Civil Veterinary Dept. North-West Frontier Province 1901-22 - 1901-1922
Year: 1901
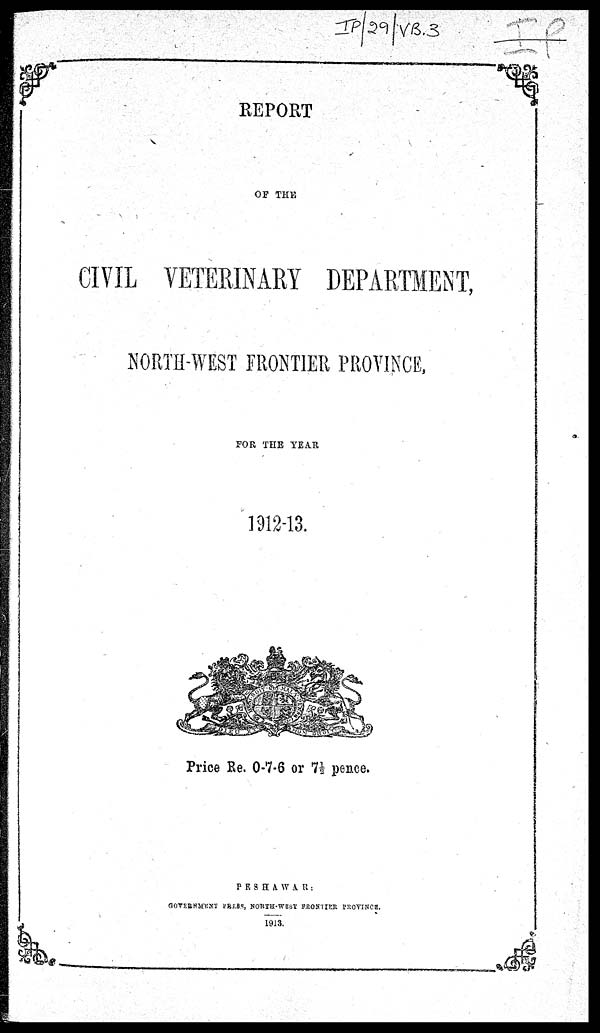
REPORT
OF
THE
CIVIL VETERINARY DEPARTMENT,
NORTH-WEST FRONTIER PROVINCE,
FOR THE YEAR
1912-13.
Price Re. 0-7-6 or 7½ pence.
PESHAWAR
:
GOVERNMENT PRESS, NORTH-WEST FRONTIER PROVINCE.
1913.